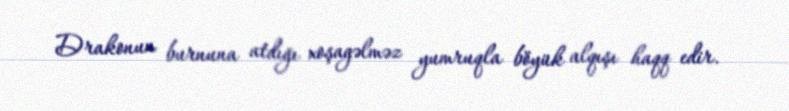
Drakonun burnuna atdığı xoşagəlməz yumruqla böyük alqışı haqq edir.